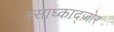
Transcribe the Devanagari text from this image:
त्साघ्काद्ज़ोर